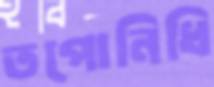
তপোনিধি